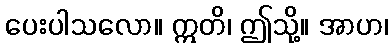
ပေးပါသလော။ ဣတိ၊ ဤသို့။ အာဟ၊